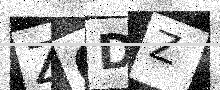
Text: Z6DZ